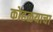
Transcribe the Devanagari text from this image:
कोहळयाचा